Annual report of lunatic asylums [Bombay] - 1912-1922
Year: 1912
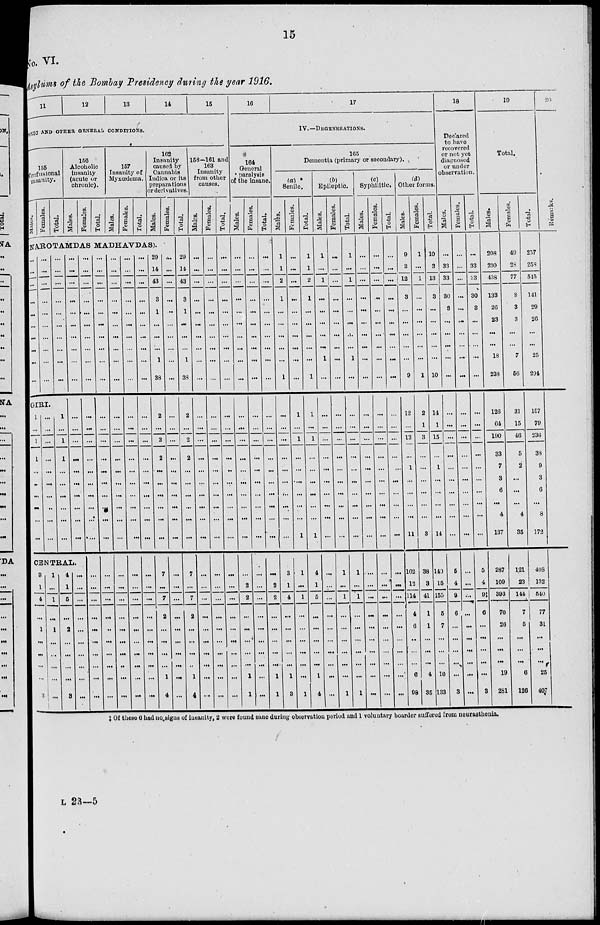
15
No. VI.
Asylums of the Bombay Presidency during the year 1916.
11
12
13
14
15
TOXIC AND OTHER GENERAL CONDITIONS.
155
Confusional
inanity.
Males.
Females.
Total.
156
Alcoholic
insanity
(acute or
chronic).
Males.
Females.
Total.
157
Insanity of
Myxœdema.
Males.
Females.
Total.
162
Insanity
caused by
Cannabis
Indica or its
preparations
or derivatives.
Males.
Females.
NAROTAMDAS MADHAVDAS).
...
...
...
...
...
...
...
...
...
...
...
...
...
...
...
...
...
...
...
...
...
...
...
...
...
...
...
...
...
...
GIRI.
1
...
1
1
...
...
...
...
...
...
...
...
...
...
...
...
...
...
...
...
1
...
1
1
...
...
...
...
...
...
...
...
...
...
...
...
...
...
...
...
...
...
...
...
...
...
...
...
...
...
CENTRAL.
3
1
4
...
1
...
...
...
...
3
1
...
1
...
1
...
...
...
...
...
4
1
5
...
2
...
...
...
...
3
...
...
...
...
...
...
...
...
...
...
...
...
...
...
...
...
...
...
...
...
...
...
...
...
...
...
...
...
...
...
...
...
...
...
...
...
...
...
...
...
...
...
...
...
...
...
...
...
...
...
...
...
...
...
...
...
...
...
...
...
...
...
...
...
...
...
...
...
...
...
...
...
...
...
...
...
...
...
...
...
...
...
...
...
...
...
...
...
...
...
...
...
...
...
...
...
...
...
...
...
...
...
...
...
...
...
...
...
...
...
...
...
...
...
...
...
...
...
...
...
...
...
...
...
...
...
...
...
...
...
...
...
...
...
...
...
...
...
...
...
...
...
...
...
...
...
...
...
...
...
...
...
...
...
...
...
...
...
...
29
14
43
3
1
...
...
...
1
38
2
...
2
2
...
...
...
...
...
...
7
...
7
2
...
...
...
...
1
4
...
...
...
...
...
...
...
...
...
...
...
...
...
...
...
...
...
...
...
...
...
...
...
...
...
...
...
...
...
...
Total.
29
14
43
3
1
...
...
...
1
38
2
...
2
2
...
...
...
...
...
...
7
...
7
2
...
...
...
...
1
4
158—161 and
163
Insanity
from other
causes.
Males.
...
...
...
...
...
...
...
...
...
...
...
...
...
...
...
...
...
...
...
...
...
...
...
...
...
...
...
...
...
...
Females.
...
...
...
...
...
...
...
...
...
...
...
...
...
...
...
...
...
...
...
...
...
...
...
...
...
...
...
...
...
...
Total.
...
...
...
...
...
...
...
...
...
...
...
...
...
...
...
...
...
...
...
...
...
...
...
...
...
...
...
...
...
...
16
17
IV.—DEGENERATIONS.
164
General
paralysis
of the insane.
Males.
...
...
...
...
...
...
...
...
...
...
...
...
...
...
...
...
...
...
...
...
...
2
2
...
...
...
...
...
1
1
Females.
...
...
...
...
...
...
...
...
...
...
...
...
...
...
...
...
...
...
...
...
...
...
...
...
...
...
...
...
...
...
Total.
...
...
...
...
...
...
...
...
...
...
...
...
...
...
...
...
...
...
...
...
...
2
2
...
...
...
...
...
1
1
165
Dementia (primary or secondary).
(a)
Senile.
Males.
1
1
2
1
...
...
...
...
...
1
...
...
...
...
...
...
...
...
...
...
3
1
4
...
...
...
...
...
1
3
Females.
...
...
...
...
...
...
...
...
...
...
1
...
1
...
...
....
...
...
...
1
1
...
1
...
...
...
...
...
...
1
Total.
1
1
2
1
...
...
...
...
...
1
1
...
1
...
...
...
...
...
...
1
4
1
5
...
...
...
...
...
1
4
(b)
Epileptic.
Males.
1
...
1
...
...
...
...
...
1
...
...
...
...
...
...
...
...
...
...
...
...
...
...
...
...
...
...
...
...
...
Females.
...
...
...
...
...
...
...
...
...
...
...
...
...
...
...
...
...
...
...
...
1
...
1
...
...
...
...
...
...
1
Total.
1
...
1
...
...
...
...
...
1
...
...
...
...
...
...
...
...
...
...
...
1
...
1
...
...
...
...
...
...
1
(c)
Syphilitic.
Males.
...
...
...
...
...
...
...
...
...
...
...
...
...
...
...
...
...
...
...
...
...
...
...
...
...
...
...
...
...
...
Females.
...
...
...
...
...
...
...
...
...
...
...
...
...
...
...
...
...
...
...
...
...
...
...
...
...
...
...
...
...
...
Total.
...
...
...
...
...
...
...
...
...
...
...
...
...
...
...
...
...
...
...
...
...
...
...
...
...
...
...
...
...
...
(d)
Other forms.
Males.
9
3
12
3
...
...
...
...
...
9
12
...
12
...
1
...
...
...
...
11
102
12
114
4
6
...
...
...
6
98
Females.
1
...
1
...
...
...
...
...
...
1
2
1
3
...
...
...
...
...
...
3
38
3
41
1
1
...
...
...
4
35
Total.
10
3
13
3
...
...
...
...
...
10
14
1
15
...
1
...
...
...
...
14
140
15
155
5
7
...
...
...
10
133
18
Declared
to have
recovered
or not yet
diagnosed
or under
observation.
Males.
...
33
33
30
3
...
...
...
...
...
...
...
...
...
...
...
...
...
...
...
5
4
9
6
...
...
...
...
...
3
Females.
...
...
...
...
...
...
...
...
...
...
...
...
...
...
...
...
...
...
...
...
...
...
...
...
...
...
...
...
...
...
Total.
...
33
33
30
3
...
...
...
...
...
...
...
...
...
...
...
...
...
...
...
5
4
9‡
6
...
...
...
..
...
3
19
Total.
Males.
208
230
438
133
26
23
...
...
18
238
126
64
190
33
7
3
6
...
4
137
287
109
396
70
26
...
...
...
19
281
Females.
49
28
77
8
3
3
...
...
7
56
31
15
46
5
2
...
...
...
4
35
121
23
144
7
5
...
...
...
6
126
Total.
257
258
515
141
29
26
...
...
25
294
157
79
236
38
9
3
6
...
8
172
408
132
540
77
31
...
...
...
25
407
20
Remarks.
‡ Of these 6 had no signs of insanity, 2 were found sane during observation period and 1 voluntary boarder suffered from neurasthenia.
L 23—5